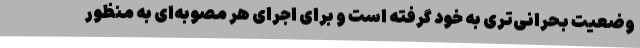
وضعیت بحرانی‌تری به خود گرفته است و برای اجرای هر مصوبه‌ای به منظور